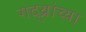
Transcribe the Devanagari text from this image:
गद्य्रांच्या